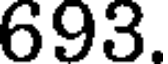
693.